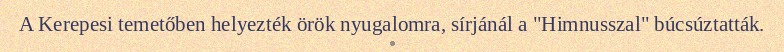
A Kerepesi temetőben helyezték örök nyugalomra, sírjánál a "Himnusszal" búcsúztatták.